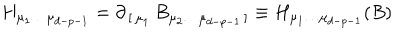
LaTeX: H _ { \mu _ { 1 } \dots \mu _ { d - p - 1 } } = \partial _ { \, [ \, \mu _ { 1 } } \, B _ { \mu _ { 2 } \dots \mu _ { d - p - 1 } \, ] } \equiv H _ { \mu _ { 1 } \dots \mu _ { d - p - 1 } } ( B )